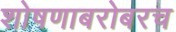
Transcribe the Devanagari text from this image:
शोषणाबरोबरच